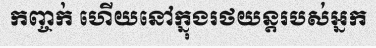
កញ្ចក់ ហើយនៅក្នុងរថយន្តរបស់អ្នក